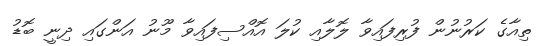
ތިއާގެ ކަރުނުން ފުރިފައިވާ ލޮލާއި ކުލަ އޮއްސިފައިވާ މޫނު އަންގައި ދިނީ ބޮޑު